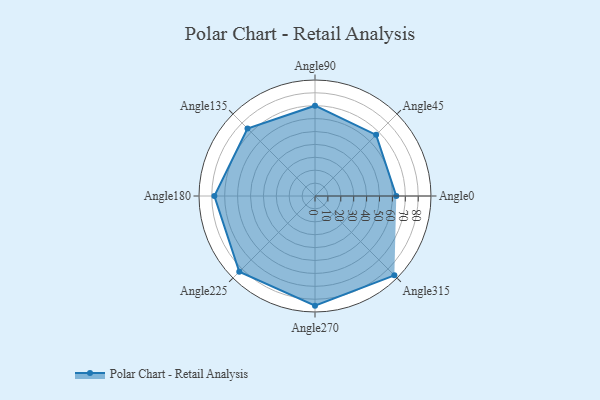
{"axis": {"x": "Angle", "y": "Radius"}, "legend": [""], "data": [{"x": "Angle0", "y": 63.0, "type": ""}, {"x": "Angle45", "y": 67.0, "type": ""}, {"x": "Angle90", "y": 70.0, "type": ""}, {"x": "Angle135", "y": 74.0, "type": ""}, {"x": "Angle180", "y": 78.0, "type": ""}, {"x": "Angle225", "y": 83.0, "type": ""}, {"x": "Angle270", "y": 85.0, "type": ""}, {"x": "Angle315", "y": 87.0, "type": ""}]}